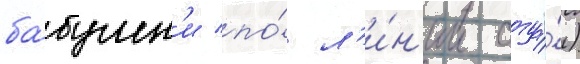
ба́бушк'и по́ л'и́н'ии отца́)